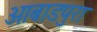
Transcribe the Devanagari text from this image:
आबाडपुरा